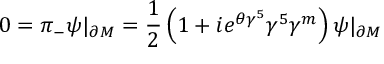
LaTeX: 0 = \pi _ { - } \psi | _ { \partial M } = { \frac { 1 } { 2 } } \left( 1 + i e ^ { \theta \gamma ^ { 5 } } \gamma ^ { 5 } \gamma ^ { m } \right) \psi | _ { \partial M }